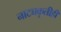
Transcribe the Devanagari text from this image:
नाट्यकृतीही